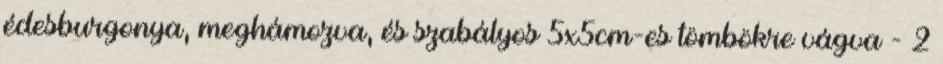
édesburgonya, meghámozva, és szabályos 5x5cm-es tömbökre vágva - 2